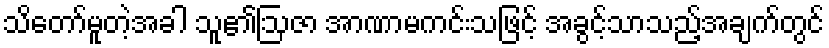
သိတော်မူတဲ့အခါ သူ၏ဩဇာ အာဏာမကင်းသဖြင့် အခွင့်သာသည့်အချက်တွင်